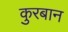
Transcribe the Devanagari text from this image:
कुरबान